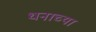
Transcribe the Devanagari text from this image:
धनाच्या